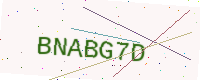
Text: BNABG7D